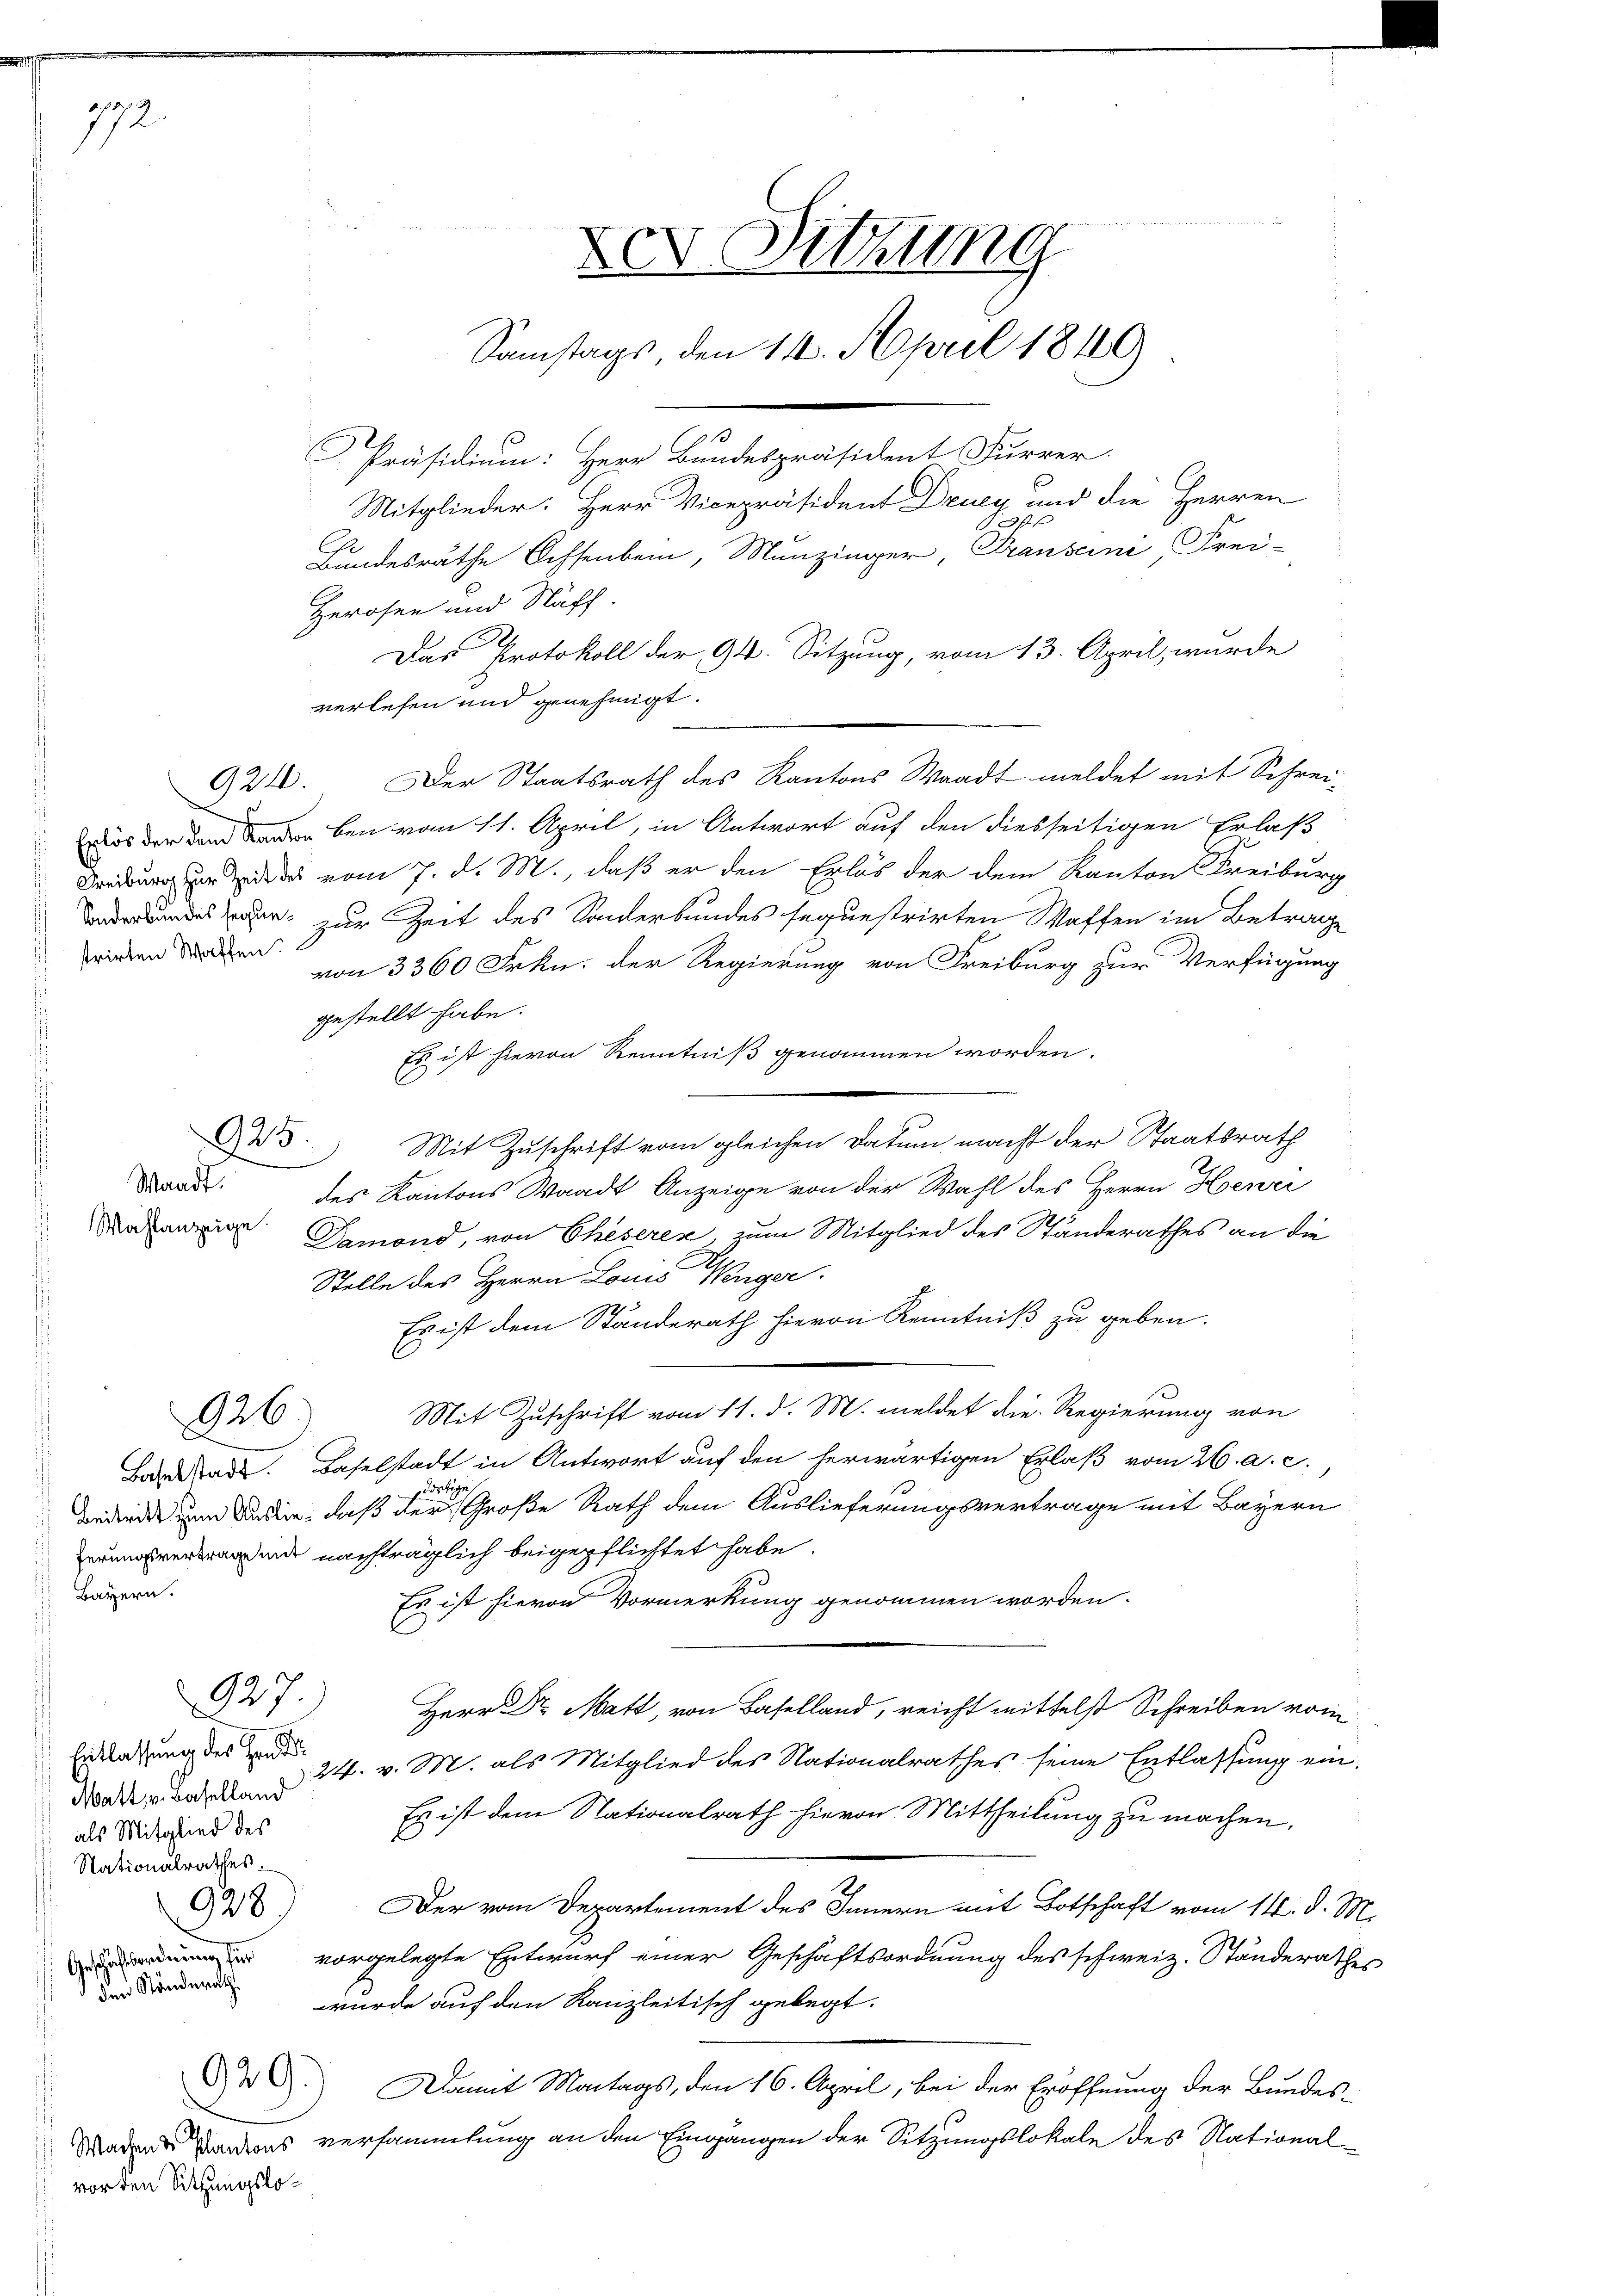
772.

924.

strirten Waffen.

925.

Waadt.

926)

Bayern.

927.

Entlassung des Hand¬
Matt v. Baselland
als Mitglied des
Nationalrathes.
928.
Geschäftsordnung für
den Ständerath

Präsidium: Herr Bundespräsident Furrer
Mitglieder: Herr Vicepräsident Druey und die Herren
of
Bundesräthe Ochsenbein, Munzinger, Transcini Frei-
Herosen und Stäff.
Das Protokoll der 94. Sitzung, vom 13. April, wurde
verlesen und genehmigt.
Der Staatsrath des Kantons Waadt meldet mit Schrei-
Erlös der Land anden ben vom 11. April, in Antwort auf den diesseitigen Erlaß
 ds vom 7. d. M., daß er den Erlös der dem Kanton Freiburg
bundes war zur Zeit des Sonderbundes sequestrirten Waffen im Betrage
von 3360 Frkn. der Regierung von Freiburg zur Verfügung
gestellt habe.
Es ist hievon Kenntniß genommen worden.
Mit Zuschrift vom gleichen Datum macht der Staatsrath
des Kantons Waadt Anzeige von der Wahl des Herrn Hoenei
Damond, von Eheseres, zum Mitglied des Standerathes an die
Stelle des Herrn Louis Wenger.
Es ist dem Ständerath hievon Kenntniß zu geben.
Mit Zuschrift vom 11. d. M. meldet die Regierung von
Bardkad. Baselstadt in Antwort auf den herwärtigen Erlaß vom 26. a. c.
dortige
Bedende zu Baden, daß der Große Rath dem Auslieferungsvertrage mit Bayern
unt nachträglich beigepflichtet habe
Es ist hievon Vormerkung genommen worden.
Herr Dr. Matt, von Baselland, reicht mittelst Schreiben vom
24. v. M. als Mitglied des Nationalrathes seine Entlassung ein¬
Es ist dem Nationalrath hievon Mittheilung zu machen.
Der vom Departement des Innern mit Botschaft vom 11. d. M.
vorgelegte Entwurf einer Geschäftsordnung des schweiz. Ständerathes
wurde auf den Kanzleitisch gelegt.
Damit Montags, den 16. April, bei der Eröffnung der Bundes-
Maden Kantons versammlung an den Eingangen der Sitzungslokale des National¬

929.

vor den Sitzungslo¬

Der Sitzung
Samstags, den 11. April 1849